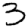
Digit: 3